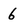
Character: 6